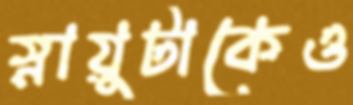
স্নায়ুটাকেও